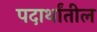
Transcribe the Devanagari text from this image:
पदार्थांतील